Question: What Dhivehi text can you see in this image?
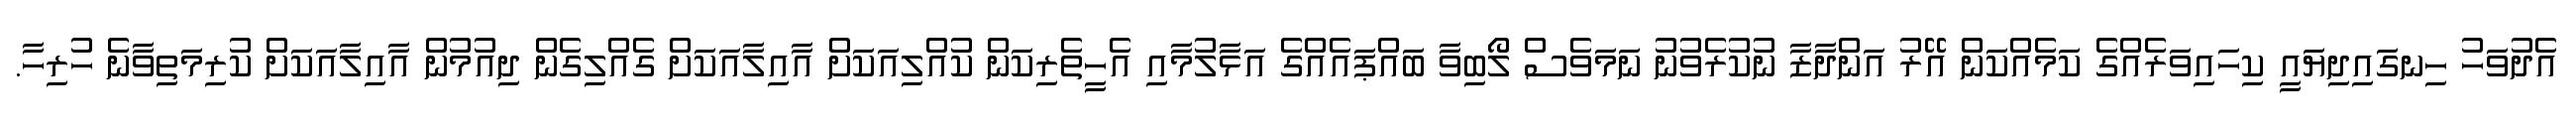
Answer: އެދުވަހު ހިނގައިދިޔައީ ކިހައިވަރެއްގެ ކަމެއްކަން އޭރު އަންދާޒާ ނުކުރެވުނު ނަމަވެސް ލޯބިވާ ބައްޕައެއްގެ އަޅާލުމާއި އެހީތެރިކަން ކުއްލިއަކަށް އާއިލާއަކަށް ގެއްލިގެން ދިއުމުން އާއިލާއަކަށް ކުރިމަތިވާނެ ހުރިހާ.